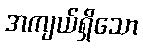
အကျယ်ရှိသော